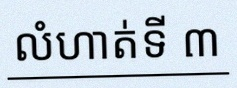
លំហាត់ទី ៣